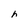
Character: h